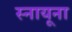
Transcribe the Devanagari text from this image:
स्नायूना